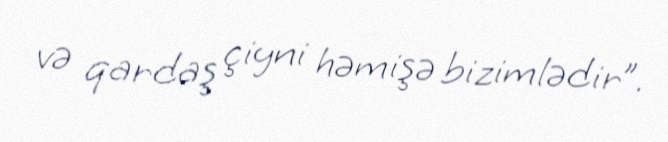
və qardaş çiyni həmişə bizimlədir”.